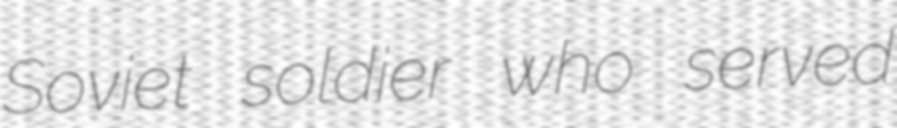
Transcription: Soviet soldier who served